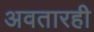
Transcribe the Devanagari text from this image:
अवतारही